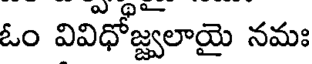
ఓం వివిధోజ్వలాయై నమః